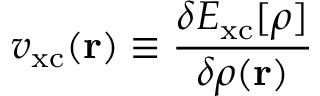
v _ { \mathrm { x c } } ( \mathbf { r } ) \equiv { \frac { \delta E _ { \mathrm { x c } } [ \rho ] } { \delta \rho ( \mathbf { r } ) } }